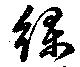
緑